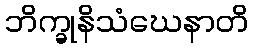
ဘိက္ခုနိသံဃေနာတိ